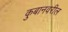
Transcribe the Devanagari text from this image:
कुबानवरील